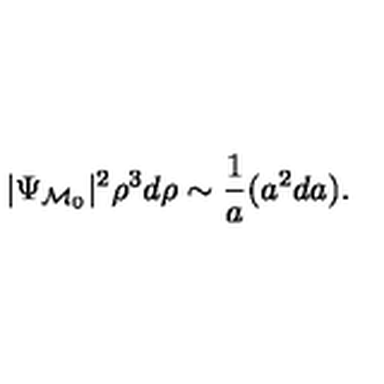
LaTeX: | \Psi _ { { \cal M } _ { 0 } } | ^ { 2 } \rho ^ { 3 } d \rho \sim { \frac { 1 } { a } } ( a ^ { 2 } d a ) .